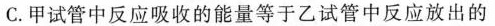
C.甲试管中反应吸收的能量等于乙试管中反应放出的